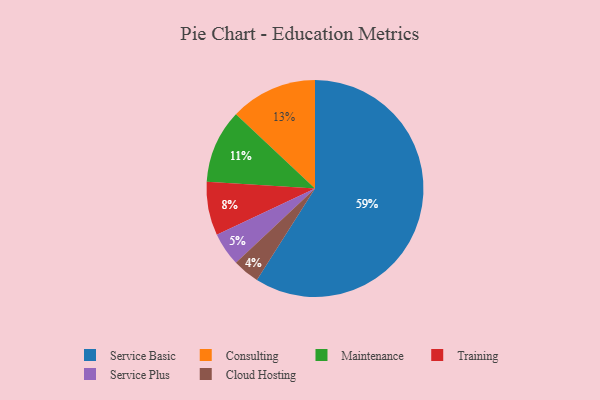
{"axis": {"x": "Category", "y": "Percentage"}, "legend": ["Cloud Hosting", "Consulting", "Maintenance", "Service Basic", "Service Plus", "Training"], "data": [{"x": "Consulting", "y": 13, "type": "Consulting"}, {"x": "Maintenance", "y": 11, "type": "Maintenance"}, {"x": "Training", "y": 8, "type": "Training"}, {"x": "Cloud Hosting", "y": 4, "type": "Cloud Hosting"}, {"x": "Service Plus", "y": 5, "type": "Service Plus"}, {"x": "Service Basic", "y": 59, "type": "Service Basic"}]}